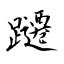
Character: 躚